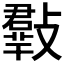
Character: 𣀄